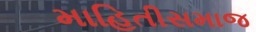
માહિતીસમાજ